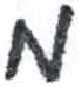
אות: מ